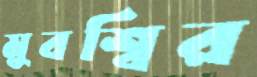
মুবশ্বির